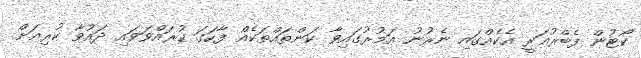
ކޯޓުން ފެބްރުއަރީ އެކެއްގައި ނެރުނު އަމުރުގައިވާ ކަންތައްތަކެއް ފާހަގަ ކުރައްވަވައި ދައުވާ ކުރިއަށް